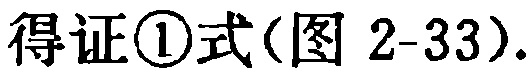
得证\textcircled{1}式(图 2-33).